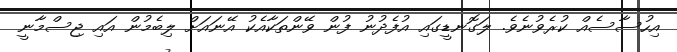
އިހުސާސެއް ކުރެވުނެވެ. ލަގޮނޑީގައި އުފެދުނު ފުން ވޭންތަކާއެކު އޭނައަށް ލިބެމުން އައި ޖިސްމާނީ